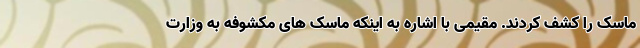
ماسک را کشف کردند. مقیمی با اشاره به اینکه ماسک های مکشوفه به وزارت